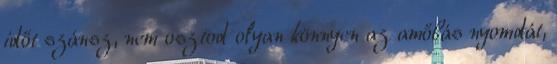
időt szánsz, nem osztod olyan könnyen az amőbás nyomdát,